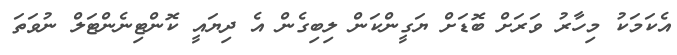
އެކަމަކު މިހާރު ވަރަށް ބޮޑަށް ޔަގީންކަން ލިބިގެން އެ ދިޔައީ ކޮންޓިނެންޓަލް ނުވަތަ